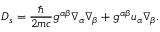
D _ { s } = \frac { \hbar } { 2 m c } g ^ { \alpha \beta } \nabla _ { \alpha } \nabla _ { \beta } + g ^ { \alpha \beta } u _ { \alpha } \nabla _ { \beta } .